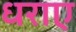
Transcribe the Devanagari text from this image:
धराए